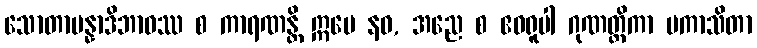
သောတာပန္နာဒိဘာဝဿ စ ကာရဏန္တိ ဣမေ နဝ, အညေ စ ဧဝရူပါ ဂုဏတ္တိကာ ပကာသိတာ